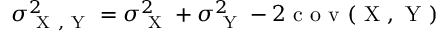
\centering \sigma _ { \mathrm { ~ X ~ , ~ Y ~ } } ^ { 2 } = \sigma _ { \mathrm { ~ X ~ } } ^ { 2 } + \sigma _ { \mathrm { ~ Y ~ } } ^ { 2 } - 2 \mathrm { ~ c ~ o ~ v ~ ( ~ X ~ , ~ Y ~ ) ~ }